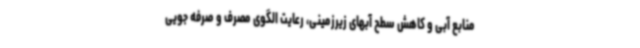
منابع آبی و کاهش سطح آبهای زیرزمینی، رعایت الگوی مصرف و صرفه جویی